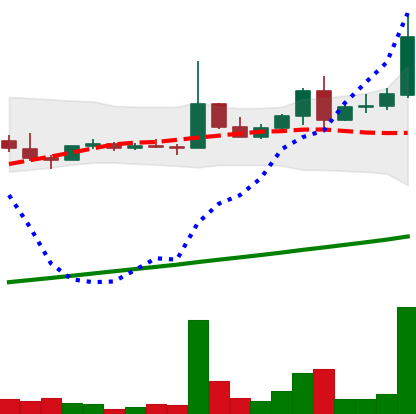
Ticker: DOGE-USD
Chart end date: 2021-04-11
Forward return: 390.12%
Label: up_7plus